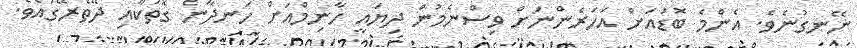
ނޭނގުނެވެ. އެންމެ ބޮޑައަށް އަހަރެންނަށް ވިސްނެމުން ދިޔައީ ހާނިމްއަށް ހަނދާނެ ގޮތަކާއި ދޭތެރޭގައެވެ.